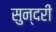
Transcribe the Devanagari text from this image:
सुन्‍दरी